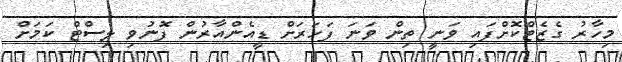
މިހާރު ގެޒެޓްކޮށްފައި ވަނީ ތިން ވަނަ ފަހަރަށް ޑީއެންއާރުން ފޮނުވި ލިސްޓް ކަމަށް